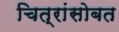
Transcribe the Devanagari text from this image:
चित्रांसोबत